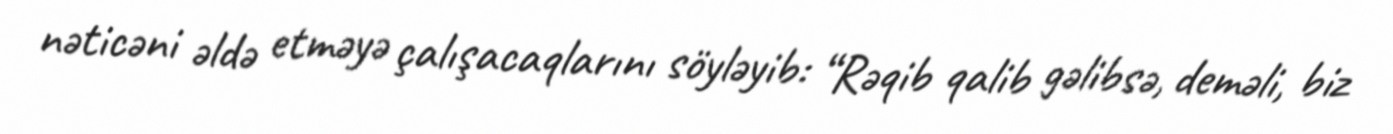
nəticəni əldə etməyə çalışacaqlarını söyləyib: “Rəqib qalib gəlibsə, deməli, biz